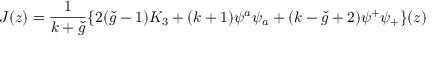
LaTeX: J ( z ) = \frac { 1 } { k + \check { g } } \{ 2 ( \check { g } - 1 ) K _ { 3 } + ( k + 1 ) \psi ^ { a } \psi _ { a } + ( k - \check { g } + 2 ) \psi ^ { + } \psi _ { + } \} ( z )